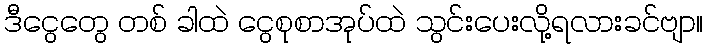
ဒီငွေတွေ တစ် ခါထဲ ငွေစုစာအုပ်ထဲ သွင်းပေးလို့ရလားခင်ဗျာ။